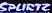
SPURTZ